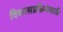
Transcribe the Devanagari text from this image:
विकासप्रक्रियेसाठी